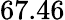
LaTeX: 67.46